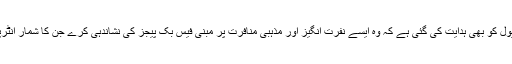
وزیرِ داخلہ کی ہدایت پر ایف آئی اے کی جانب سے انٹرپول کو بھی ہدایت کی گئی ہے کہ وہ ایسے نفرت انگیز اور مذہبی منافرت پر مبنی فیس بک پیجز کی نشاندہی کرے جن کا شمار انٹرپول کے اپنے قوانین کے تحت سنگین جرائم میں ہوتا ہے۔